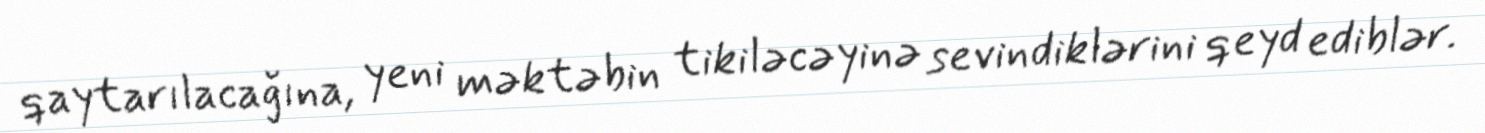
qaytarılacağına, yeni məktəbin tikiləcəyinə sevindiklərini qeyd ediblər.